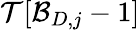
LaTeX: \mathcal{T}[\mathcal{B}_{D,j}-1]